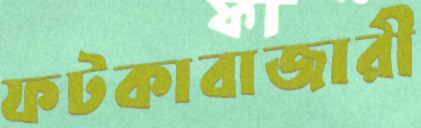
ফটকাবাজারী